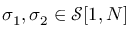
\sigma _ { 1 } , \sigma _ { 2 } \in \mathcal { S } [ 1 , { N } ]